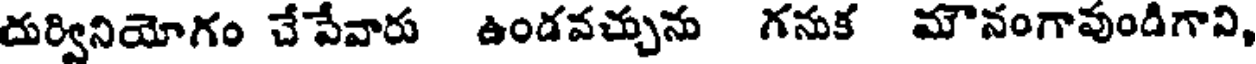
దుర్వినియోగం చేపేవారు ఉండవచ్చును గనుక మౌనంగావుండిగావి,